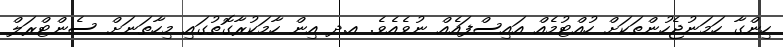
ހިންގާ ހަމަނުޖެހުންތަކަށް ހުއްޓުމެއް އައިސްފައެއް ނުވެއެވެ. އ.ދ އިން ހާމަކުރާގޮތުގައި މިހާތަނަށް ސެންޓްރަލް